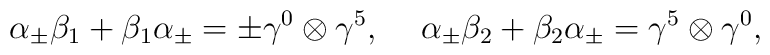
{\alpha}_{\pm} {\beta}_1 + {\beta}_1 {\alpha}_{\pm}= \pm {\gamma}^0 \otimes {\gamma}^5,\hspace{5 mm}{\alpha}_{\pm} {\beta}_2 + {\beta}_2 {\alpha}_{\pm}= {\gamma}^5 \otimes {\gamma}^0,